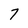
Character: 7